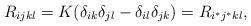
LaTeX: \begin{align*}R_{ijkl}=K(\delta_{ik}\delta_{jl}-\delta_{il}\delta_{jk})=R_{i^{\ast}j^{\ast}kl},\end{align*}